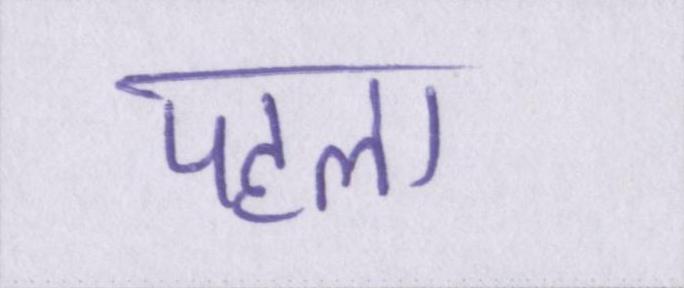
पहला